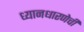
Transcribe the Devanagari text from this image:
ध्यानधारणेची